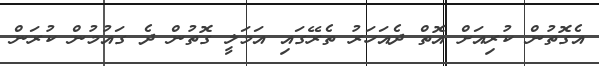
އެގޮތުން ކުރިއަށް އޮތް ދެއަހަރު ތެރޭގައި އަމަލީ ގޮތުން ދެ ގައުމުން ކުރަން